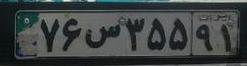
۷۶س۳۵۵۹۱